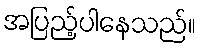
အပြည့်ပါနေသည်။